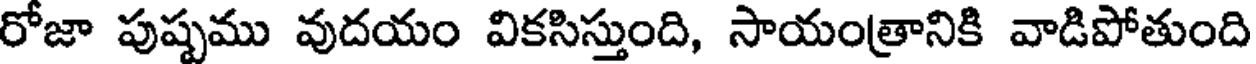
రోజా పుష్పము వుదయం వికసిస్తుంది, సాయంత్రానికి వాడిపోతుంది